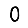
Digit: 0